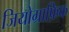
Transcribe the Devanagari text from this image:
जियोग्राफ़िक